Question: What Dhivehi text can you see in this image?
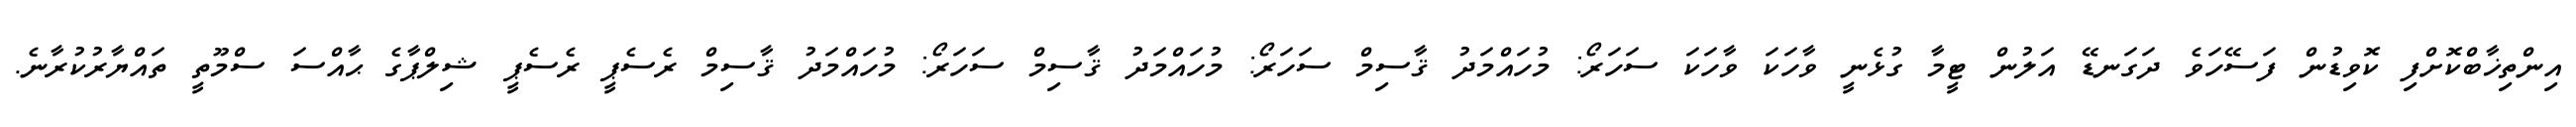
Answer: އިންތިޚާބްކޮށްފި ކޮވިޑުން ފަސޭހަވެ ދަގަނޑޭ އަލުން ޓީމާ ގުޅެނީ ވާހަކަ ވާހަކަ ސަހަރޯ: މުހައްމަދު ޤާސިމް ސަހަރޯ: މުހައްމަދު ޤާސިމް ސަހަރޯ: މުހައްމަދު ޤާސިމް ރެސެޕީ ރެސެޕީ ޝިލްޕާގެ ޙާއްސަ ސްމޫތީ ތައްޔާރުކުރާނެ.